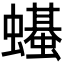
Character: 𫋣